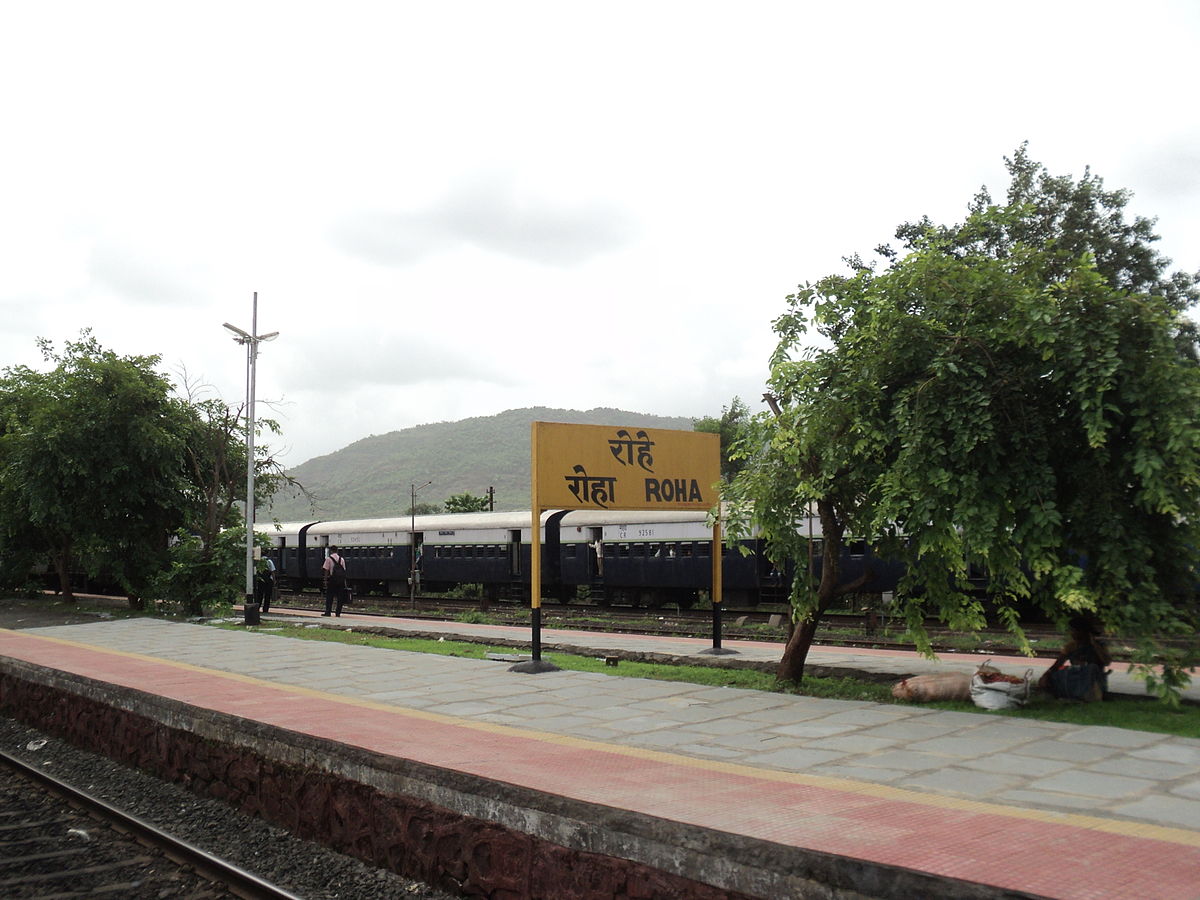
Language: marathi
Transcription: रोहे